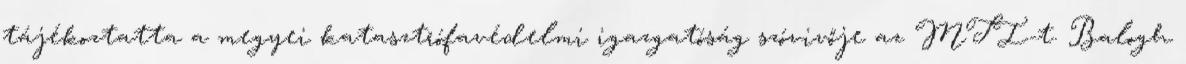
tájékoztatta a megyei katasztrófavédelmi igazgatóság szóvivője az MTI-t. Balogh